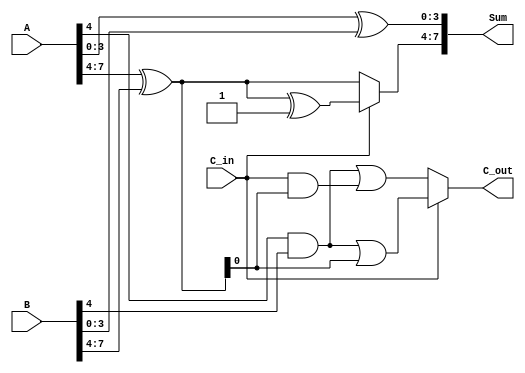
module static_carry_select_adder (
    input [7:0] A,        // First 8-bit input
    input [7:0] B,        // Second 8-bit input
    input C_in,           // Carry input
    output [7:0] Sum,     // 8-bit sum output
    output C_out          // Carry output
);

    // Internal signals for partial sums and carries
    wire [3:0] S0, S1, S2, S3;  // Partial sums for each segment
    wire C0, C1, C2, C3;        // Carry out for each segment

    // Segment 0 (LSB)
    wire [3:0] A0 = A[3:0];
    wire [3:0] B0 = B[3:0];

    // Compute partial sums and carries for segment 0
    assign S0 = A0 ^ B0; // Sum assuming C_in = 0
    assign C0 = (A0 & B0) | (C_in & (A0 ^ B0)); // Carry out for C_in = 0

    // Segment 1
    wire [3:0] A1 = A[7:4];
    wire [3:0] B1 = B[7:4];

    // Compute partial sums and carries for segment 1
    wire [3:0] S1_case0 = A1 ^ B1; // Sum assuming C_in = 0
    wire [3:0] S1_case1 = A1 ^ B1 ^ 4'b0001; // Sum assuming C_in = 1
    wire C1_case0 = (A1 & B1) | (C_in & (A1 ^ B1)); // Carry out for C_in = 0
    wire C1_case1 = (A1 & B1) | (1'b1 & (A1 ^ B1)); // Carry out for C_in = 1

    // MUX for segment 1
    assign S1 = C_in ? S1_case1 : S1_case0;
    assign C1 = C_in ? C1_case1 : C1_case0;

    // Final sum calculation
    assign Sum = {S1, S0}; // Combine the sums of both segments
    assign C_out = C1;     // Final carry out

endmodule